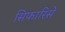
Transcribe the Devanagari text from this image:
सिफारिसें